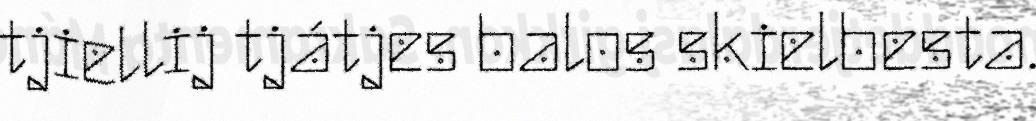
tjiellij tjátjes balos skielbesta.